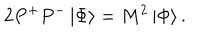
2 P ^ { + } P ^ { - } \left| \Phi \right\rangle = M ^ { 2 } \left| \Phi \right\rangle .